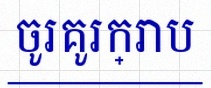
ចូរគូរក្រាប